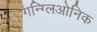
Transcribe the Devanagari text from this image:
गन्ग्लिओनिक